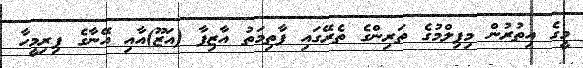
މީގެ އިތުރުން މިފިލްމުގެ ތަރިންގެ ތެރޭގައި ފާތިމަތު އާޒިފާ (އަޒޫ)އާއި އޭނާގެ ފިރިމީހާ